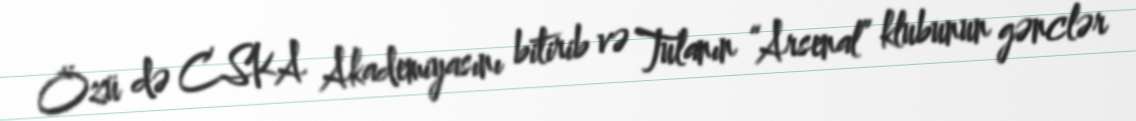
Özü də CSKA Akademiyasını bitirib və Tulanın “Arsenal” klubunun gənclər